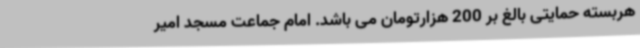
هربسته حمایتی بالغ بر 200 هزارتومان می باشد. امام جماعت مسجد امیر